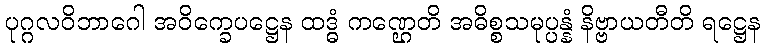
ပုဂ္ဂလဝိဘာဂေါ အဝိက္ခေပဋ္ဌေန ထဒ္ဓံ ကဏ္ဌေတိ အဓိစ္စသမုပ္ပန္နံ နိဗ္ဗာယတီတိ ရဋ္ဌေန